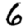
Digit: 6